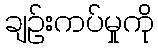
ချဉ်းကပ်မှုကို